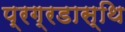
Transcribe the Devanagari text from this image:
प्रग्रडास्थि